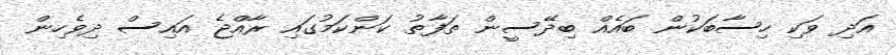
އަދި ވަކި ހިސާބަކުން ބައެއް ބިދޭސީން ތަފާތު ކަންކަމުގައި ރާއްޖެ އައިސް ދިވެހިން